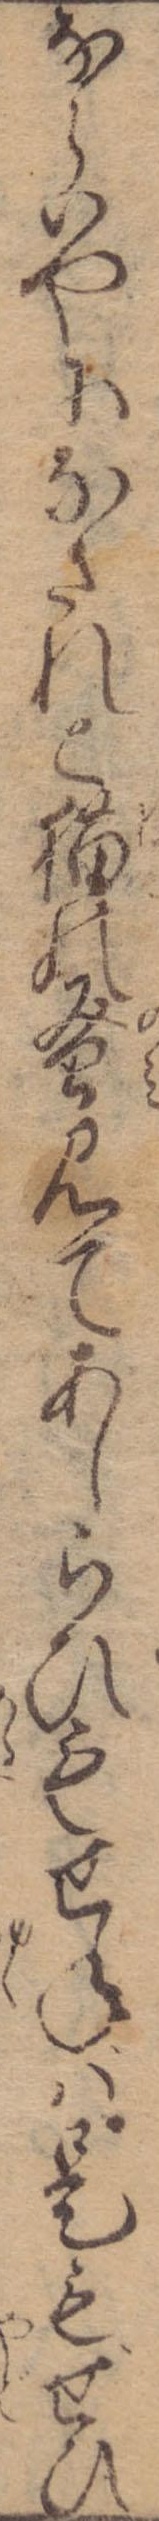
ならいやになされと猫の蚤見てあしらひもせねば是もぜひ